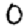
Digit: 0